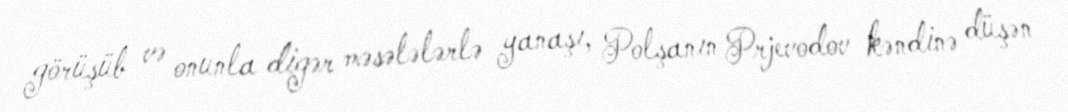
görüşüb və onunla digər məsələlərlə yanaşı, Polşanın Prjevodov kəndinə düşən